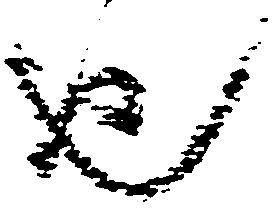
也